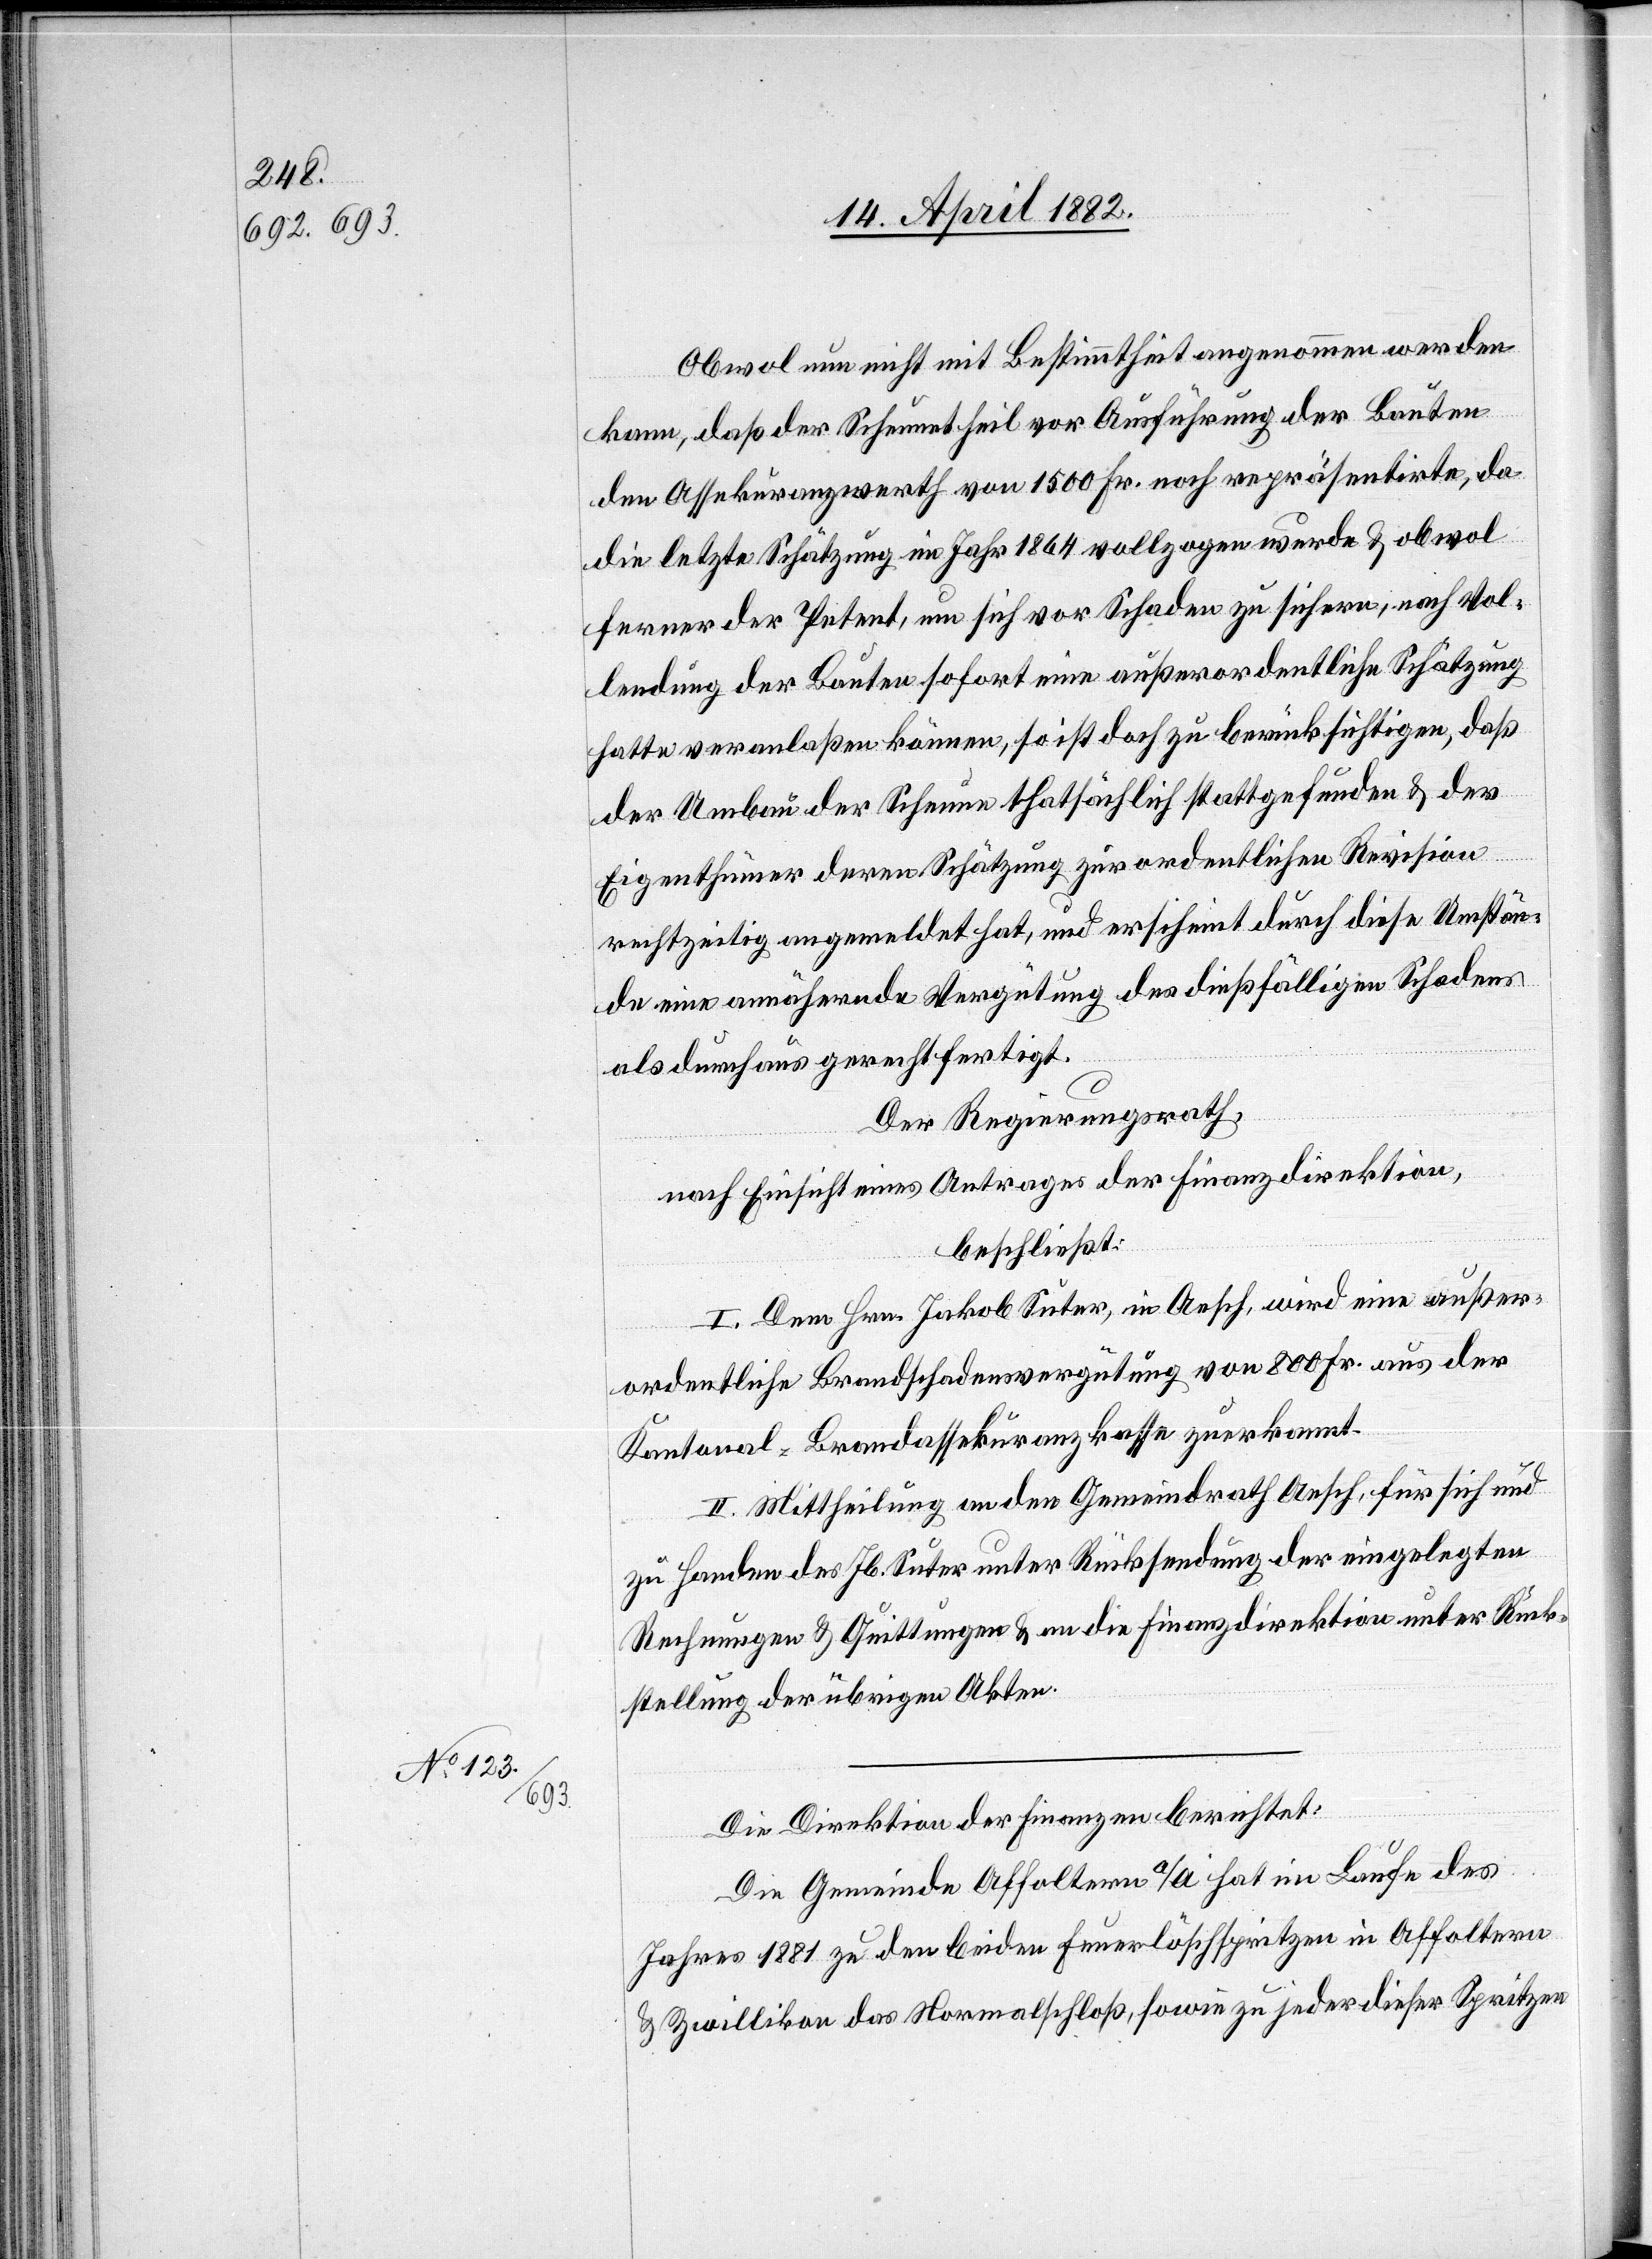
Obwol nun nicht mit Bestimmtheit angenommen werden
kann, daß der Scheunetheil vor Ausführung der Bauten
den Assekuranzwerth von 1500 Fr. noch repräsentirte, da
die letzte Schätzung im Jahr 1864 vollzogen wurde & obwol
ferner der Petent, um sich vor Schaden zu sichern, nach Vol¬
lendung der Bauten sofort eine außerordentliche Schätzung
hatte veranlaßen können, so ist doch zu berücksichtigen, daß
der Umbau der Scheune thatsächlich stattgefunden & der
Eigenthümer deren Schätzung zur ordentlichen Revision
rechtzeitig angemeldet hat, und erscheint durch diese Umstän¬
de eine annähernde Vergütung des dießfälligen Schadens
als durchaus gerechtfertigt.
Der Regierungsrath,
nach Einsicht eines Antrages der Finanzdirektion,
beschließt:
I. Dem Hrn. Jakob Suter, in Aesch, wird eine außer¬
ordentliche Brandschadensvergütung von 800 Fr. aus der
Kantonal-Brandassekuranzkasse zuerkannt.
II. Mittheilung an den Gemeindrath Aesch, für sich und
zu Handen des Jb. Suter unter Rücksendung der eingelegten
Rechnungen & Quittungen & an die Finanzdirektion unter Rück¬
stellung der übrigen Akten.
Die Direktion der Finanzen berichtet:
Die Gemeinde Affoltern a/A hat im Laufe des
Jahres 1881 zu den beiden Feuerlöschspritzen in Affoltern
& Zwillikon das Normalschloß, sowie zu jeder dieser Spritzen